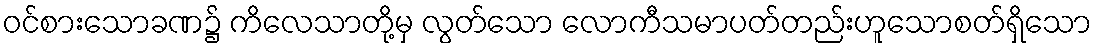
ဝင်စားသောခဏ၌ ကိလေသာတို့မှ လွတ်သော လောကီသမာပတ်တည်းဟူသောစတ်ရှိသော